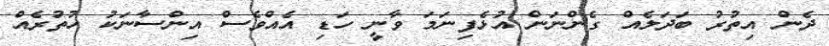
ދެން އިތުރު ބަދަލެއް ގެންނަން އުޅެފިނަމަ ވާނީ ހަޑި އެއްވެސް އިންސާނަކު ހުތުރެއް